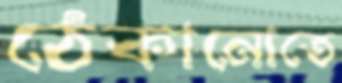
ঠেকানোতে